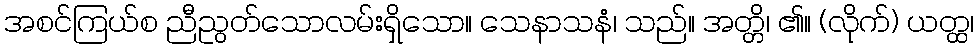
အစင်ကြယ်စ ညီညွတ်သောလမ်းရှိသော။ သေနာသနံ၊ သည်။ အတ္တိ၊ ၏။ (လိုက်) ယတ္ထ၊